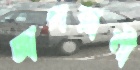
জাপরানী